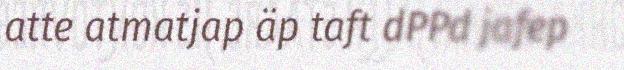
atte atmatjap äp taft dPPd jafep